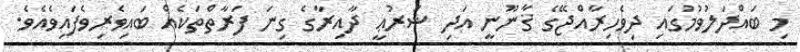
މި ބައްދަލުވުމުގައި ދިވެހިރާއްޖޭގެ ޤާނޫނީ އަދި ޝަރުޢީ ދާއިރާގެ ގިނަ ފަރާތްތަކެއް ބައިވެރިވެފައިވެއެވެ.